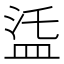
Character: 𥁩